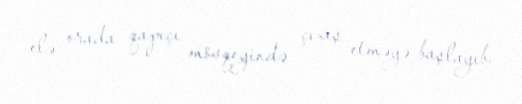
elə orada qapıçı mövqeyində çıxış etməyə başlayıb.